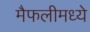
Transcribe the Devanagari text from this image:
मैफलीमध्ये